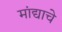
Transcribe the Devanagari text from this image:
मांद्याचे